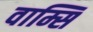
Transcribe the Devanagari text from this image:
वाम्सि